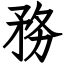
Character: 務